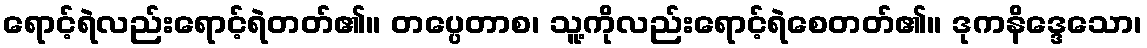
ရောင့်ရဲလည်းရောင့်ရဲတတ်၏။ တပ္ပေတာစ၊ သူ့ကိုလည်းရောင့်ရဲစေတတ်၏။ ဒုကနိဒ္ဒေသော၊